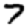
Digit: 7